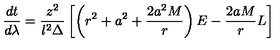
\frac { d t } { d \lambda } = \frac { z ^ { 2 } } { l ^ { 2 } \Delta } \left[ \left( r ^ { 2 } + a ^ { 2 } + \frac { 2 a ^ { 2 } M } { r } \right) E - \frac { 2 a M } { r } L \right]